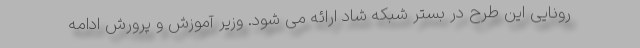
رونایی این طرح در بستر شبکه شاد ارائه می شود. وزیر آموزش و پرورش ادامه